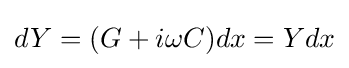
dY=(G+i\omega C)dx=Ydx